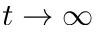
t \to \infty